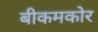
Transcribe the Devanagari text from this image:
बीकमकोर